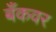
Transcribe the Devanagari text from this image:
बँकवर